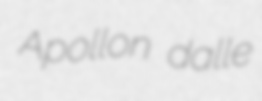
Apollon dalle